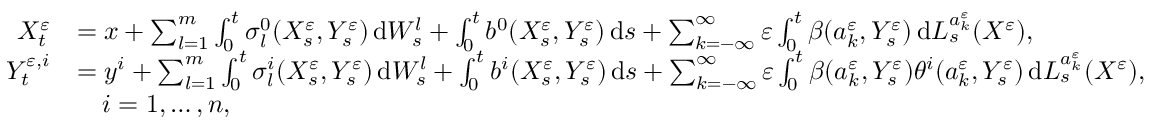
\begin{array} { r l } { X _ { t } ^ { \varepsilon } } & { = x + \sum _ { l = 1 } ^ { m } \int _ { 0 } ^ { t } \sigma _ { l } ^ { 0 } ( X _ { s } ^ { \varepsilon } , Y _ { s } ^ { \varepsilon } ) \, \mathrm { d } W _ { s } ^ { l } + \int _ { 0 } ^ { t } b ^ { 0 } ( X _ { s } ^ { \varepsilon } , Y _ { s } ^ { \varepsilon } ) \, \mathrm { d } s + \sum _ { k = - \infty } ^ { \infty } \varepsilon \int _ { 0 } ^ { t } \beta ( a _ { k } ^ { \varepsilon } , Y _ { s } ^ { \varepsilon } ) \, \mathrm { d } L _ { s } ^ { a _ { k } ^ { \varepsilon } } ( X ^ { \varepsilon } ) , } \\ { Y _ { t } ^ { \varepsilon , i } } & { = y ^ { i } + \sum _ { l = 1 } ^ { m } \int _ { 0 } ^ { t } \sigma _ { l } ^ { i } ( X _ { s } ^ { \varepsilon } , Y _ { s } ^ { \varepsilon } ) \, \mathrm { d } W _ { s } ^ { l } + \int _ { 0 } ^ { t } b ^ { i } ( X _ { s } ^ { \varepsilon } , Y _ { s } ^ { \varepsilon } ) \, \mathrm { d } s + \sum _ { k = - \infty } ^ { \infty } \varepsilon \int _ { 0 } ^ { t } \beta ( a _ { k } ^ { \varepsilon } , Y _ { s } ^ { \varepsilon } ) \theta ^ { i } ( a _ { k } ^ { \varepsilon } , Y _ { s } ^ { \varepsilon } ) \, \mathrm { d } L _ { s } ^ { a _ { k } ^ { \varepsilon } } ( X ^ { \varepsilon } ) , } \\ & { \quad i = 1 , \dots , n , } \end{array}